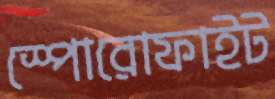
স্পোরোফাইট